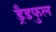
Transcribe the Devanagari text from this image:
ड्रैडफुल